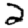
Digit: 2